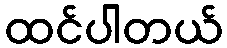
ထင်ပါတယ်